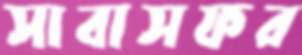
সাবাসফর